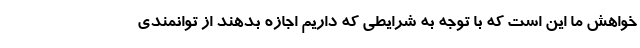
خواهش ما این است که با توجه به شرایطی که داریم اجازه بدهند از توانمندی